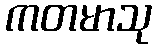
ကတမာသု